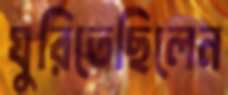
ঘুরিতেছিলেন